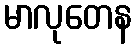
မာလုတေန